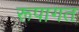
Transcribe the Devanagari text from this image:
रूपागत